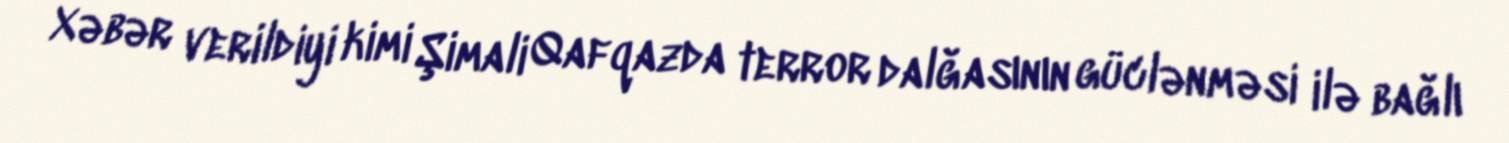
Xəbər verildiyi kimi Şimali Qafqazda terror dalğasının güclənməsi ilə bağlı